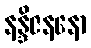
နန္ဒိဇနနော